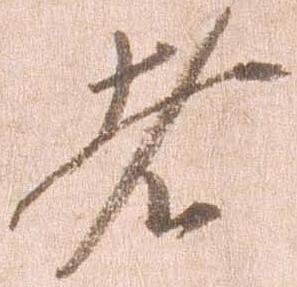
者